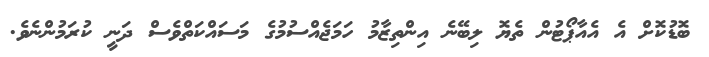
ބޮޑުކޮށް އެ އެއާޕޯޓުން ތެޔޮ ލިބޭނެ އިންތިޒާމު ހަމަޖެއްސުމުގެ މަސައްކަތްވެސް ދަނީ ކުރަމުންނެވެ.